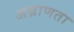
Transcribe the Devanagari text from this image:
अघ्राणता